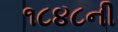
૧૮૪૮ની